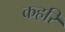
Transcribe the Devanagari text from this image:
कहरि